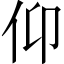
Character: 仰